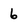
Character: 6